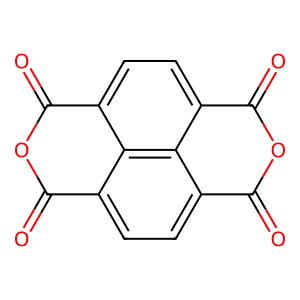
SMILES: O=c1oc(=O)c2ccc3c(=O)oc(=O)c4ccc1c2c43
Inhibits HIV replication: No